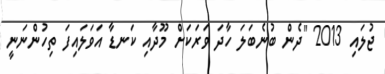
ޖުލައި 2013 "ދެން ބުނެބަލަ ހާދަ ވަރަކަށް މޫދާއި ކަނޑާ އަވަލައިފަ ތިހުންނަނީ